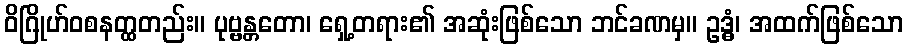
ဝိဂြိုဟ်ဝစနတ္ထတည်း။ ပုဗ္ဗန္တတော၊ ရှေ့တရား၏ အဆုံးဖြစ်သော ဘင်ခဏမှ။ ဥဒ္ဓံ၊ အထက်ဖြစ်သော